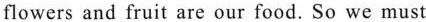
flowers and fruit are our food. So we must